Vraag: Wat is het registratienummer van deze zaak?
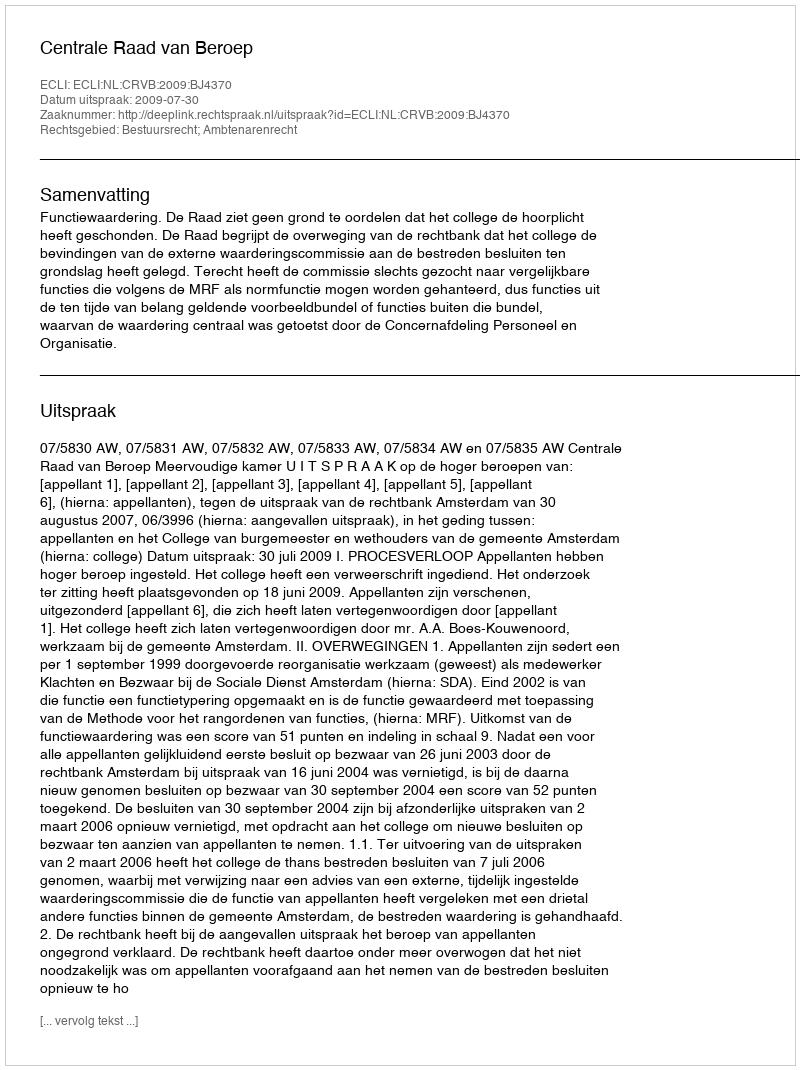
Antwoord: http://deeplink.rechtspraak.nl/uitspraak?id=ECLI:NL:CRVB:2009:BJ4370